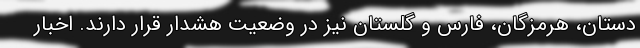
دستان، هرمزگان، فارس و گلستان نیز در وضعیت هشدار قرار دارند. اخبار